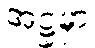
အဋ္ဌမှာ